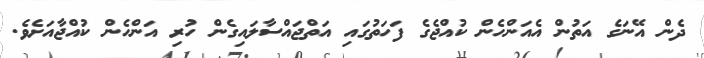
ދެން އޭނަގެ އަތުން އެއަންހެން ކުއްޖެގެ ފަހަތުގައި އަތްޖައްސާލައިގެން ހުރި އަންހެން ކުއްޖާއަށެވެ.